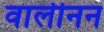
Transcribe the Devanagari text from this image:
वालीनन